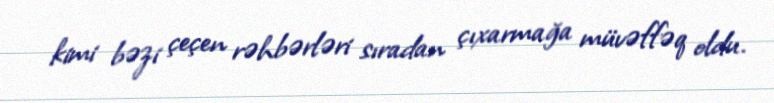
kimi bəzi çeçen rəhbərləri sıradan çıxarmağa müvəffəq oldu.